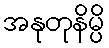
အနုတုနိမ္ပိ